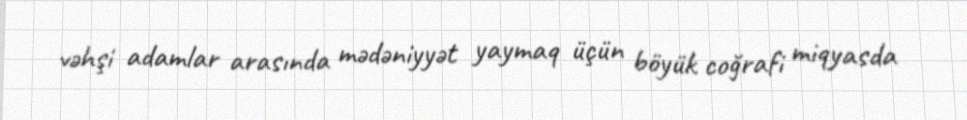
vəhşi adamlar arasında mədəniyyət yaymaq üçün böyük coğrafi miqyasda